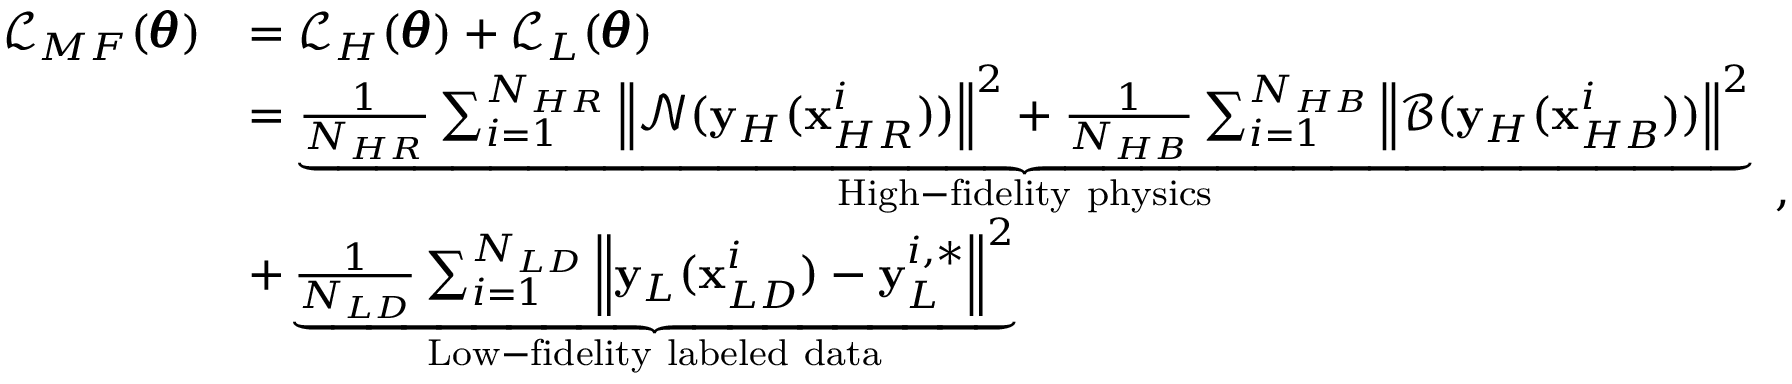
\begin{array} { r l } { \mathcal { L } _ { M F } ( \pmb { \theta } ) } & { = \mathcal { L } _ { H } ( \pmb { \theta } ) + \mathcal { L } _ { L } ( \pmb { \theta } ) } \\ & { = \underbrace { \frac { 1 } { N _ { H R } } \sum _ { i = 1 } ^ { N _ { H R } } { \left\| \mathcal { N } ( \mathbf { y } _ { H } ( \mathbf { x } _ { H R } ^ { i } ) ) \right\| ^ { 2 } } + \frac { 1 } { N _ { H B } } \sum _ { i = 1 } ^ { N _ { H B } } { \left\| \mathcal { B } ( \mathbf { y } _ { H } ( \mathbf { x } _ { H B } ^ { i } ) ) \right\| ^ { 2 } } } _ { \mathrm { H i g h - f i d e l i t y ~ p h y s i c s } } } \\ & { + \underbrace { \frac { 1 } { N _ { L D } } \sum _ { i = 1 } ^ { N _ { L D } } { \left\| \mathbf { y } _ { L } ( \mathbf { x } _ { L D } ^ { i } ) - \mathbf { y } _ { L } ^ { i , * } \right\| ^ { 2 } } } _ { \mathrm { L o w - f i d e l i t y ~ l a b e l e d ~ d a t a } } } \end{array} ,